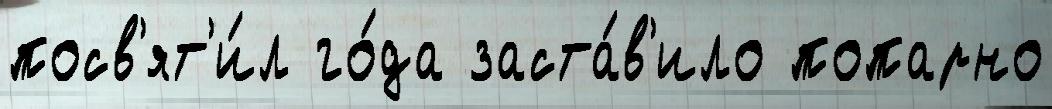
посв'ят'и́л го́да заста́в'ило попарно